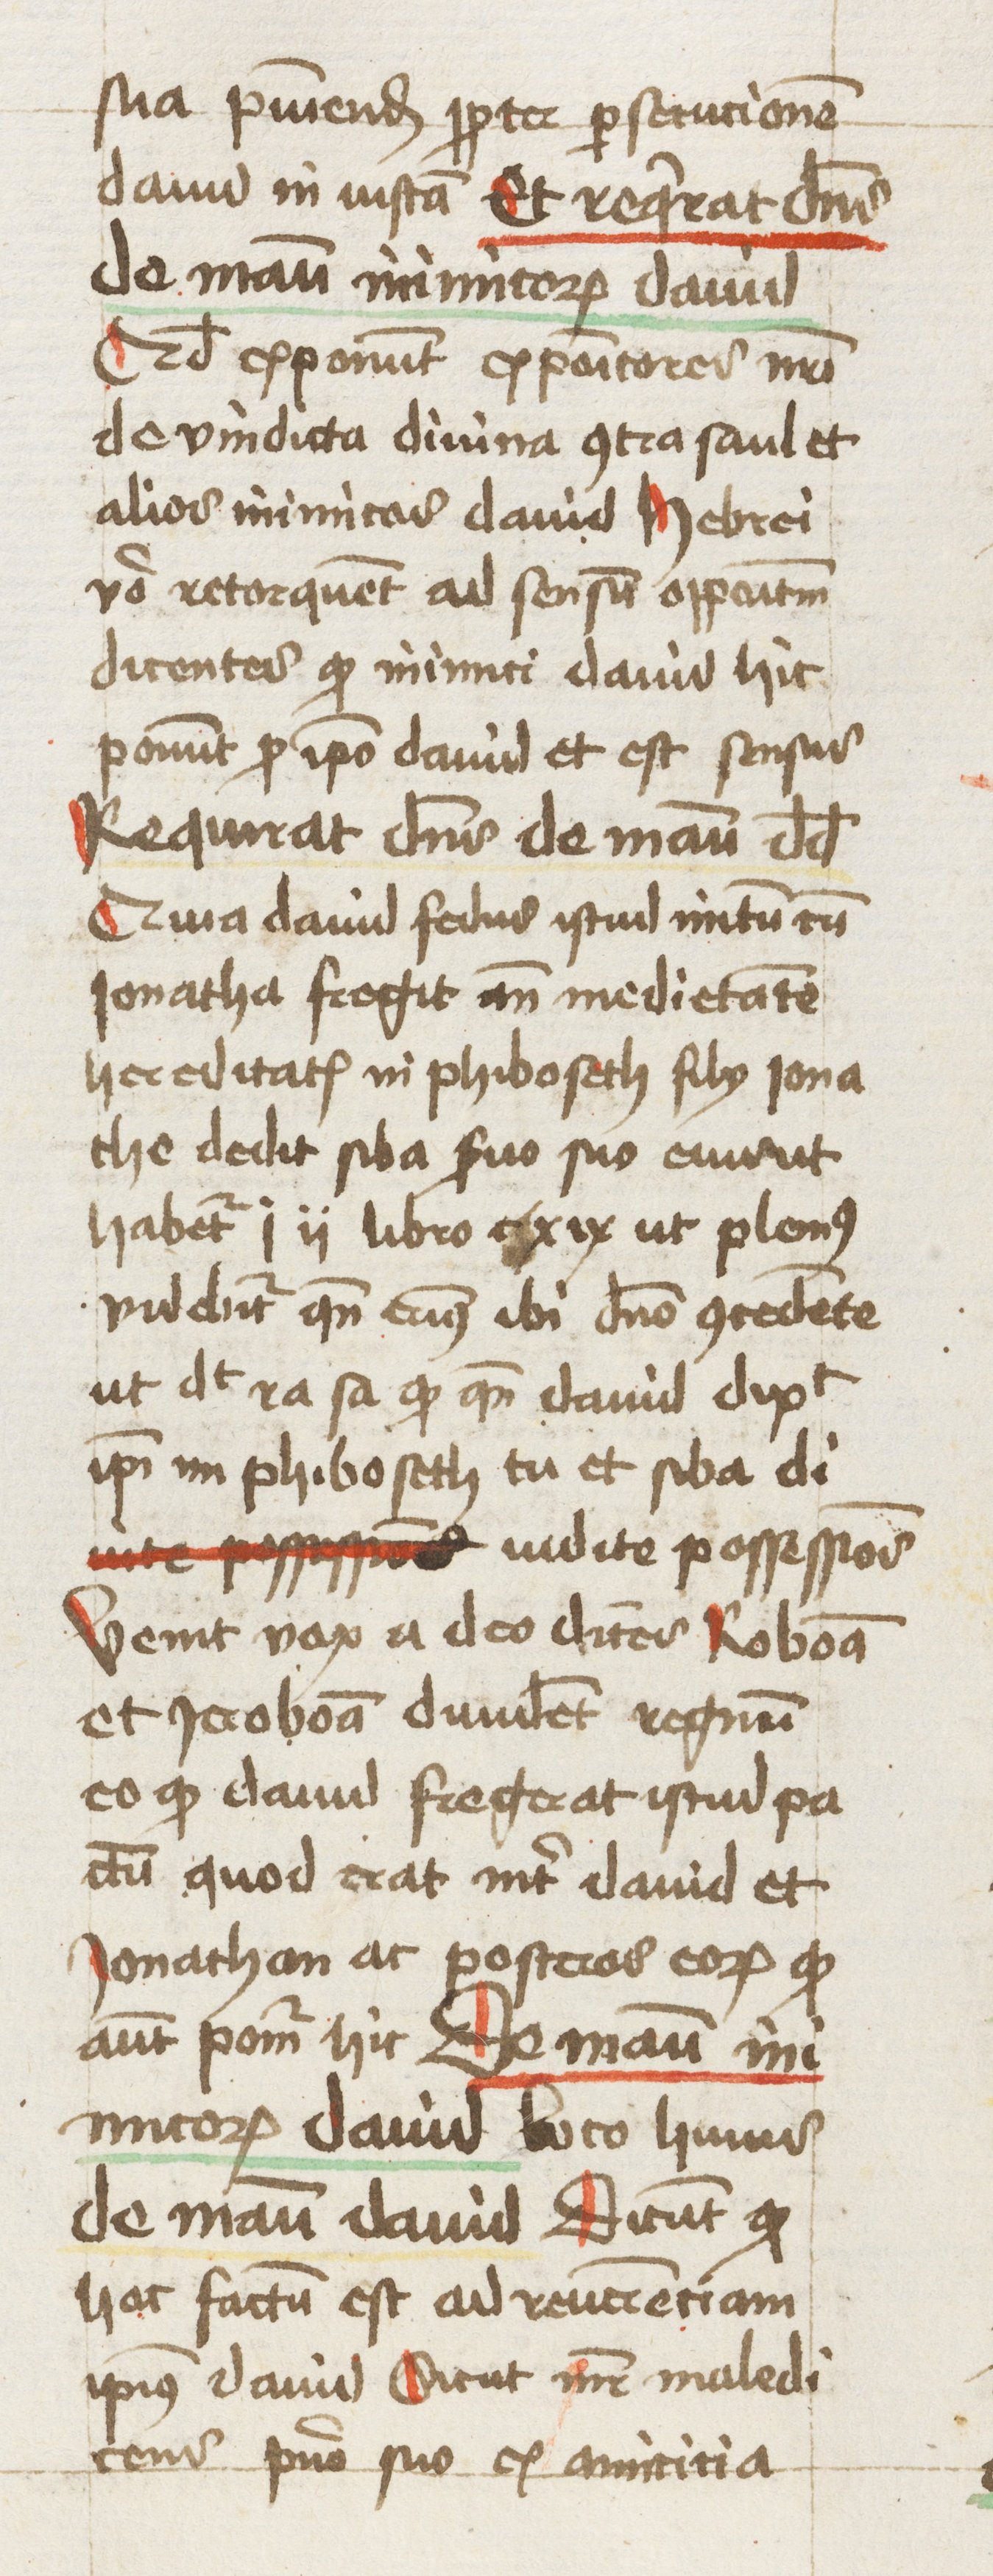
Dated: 1461–1461